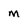
Character: M